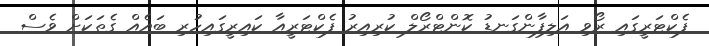
ފެކްޓަރީގައި ރޯވި އަލިފާންގަނޑު ކޮންޓްރޯލް ކުރިއިރު ފެކްޓަރީއާ ކައިރީގައިހުރި ބައެއް ގެތަކަށް ވެސް